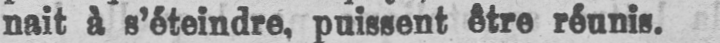
nait à s’éteindre, puissent être réunis.